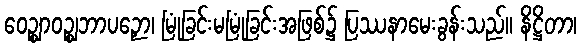
ဝေဉ္ဈာဝဉ္ဈဘာပဉှော၊ မြုံခြင်းမမြုံခြင်းအဖြစ်၌ ပြဿနာမေးခွန်းသည်။ နိဋ္ဌိတာ၊